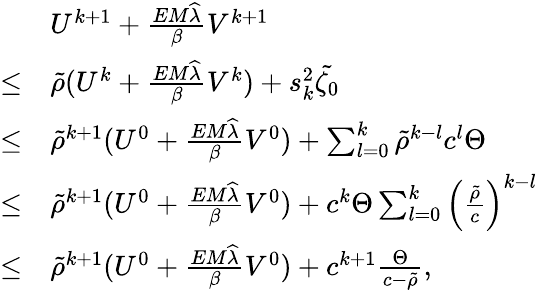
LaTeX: \begin{array}{rl}&{U^{k+1}+\frac{EM\widehat{\lambda}}{\beta}V^{k+1}}\\ {\leq}&{\tilde{\rho}(U^{k}+\frac{EM\widehat{\lambda}}{\beta}V^{k})+s_{k}^{2}\tilde{\zeta_{0}}}\\ {\leq}&{\tilde{\rho}^{k+1}(U^{0}+\frac{EM\widehat{\lambda}}{\beta}V^{0})+\sum_{l=0}^{k}\tilde{\rho}^{k-l}c^{l}\Theta}\\ {\leq}&{\tilde{\rho}^{k+1}(U^{0}+\frac{EM\widehat{\lambda}}{\beta}V^{0})+c^{k}\Theta\sum_{l=0}^{k}\left(\frac{\tilde{\rho}}{c}\right)^{k-l}}\\ {\leq}&{\tilde{\rho}^{k+1}(U^{0}+\frac{EM\widehat{\lambda}}{\beta}V^{0})+c^{k+1}\frac{\Theta}{c-\tilde{\rho}},}\end{array}